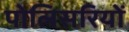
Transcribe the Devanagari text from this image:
पोलिसरियों